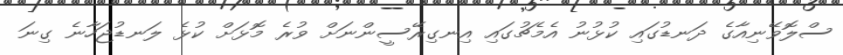
ސްލޮވޭނިއާގެ ދަނޑުގައި ކުޅުނު އެމެޗުގައި އިނގިރޭސީންނަށް ވުރެ މޮޅަށް ކުޅެ ލަނޑުޖަހާނެ ގިނަ